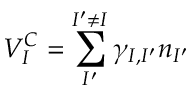
V _ { I } ^ { C } = \sum _ { I ^ { \prime } } ^ { I ^ { \prime } \ne I } \gamma _ { I , I ^ { \prime } } n _ { I ^ { \prime } }